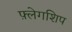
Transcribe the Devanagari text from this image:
फ़्लेगशिप